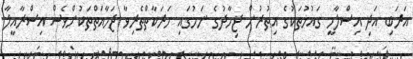
އަރަބި އަދި އިސްލާމީ ގައުމުތަކުގެ އިތުރުން ޖިހާދުގެ ނަމުގައި ހަރަކާތްތެރިވާ ޖަމާއަތްތަކުންވެސް އިސްރާއީލާ